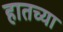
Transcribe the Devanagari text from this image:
हातच्या